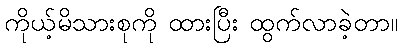
ကိုယ့်မိသားစုကို ထားပြီး ထွက်လာခဲ့တာ။